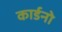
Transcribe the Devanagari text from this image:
कार्डनो